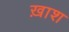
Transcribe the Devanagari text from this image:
ख़ाश